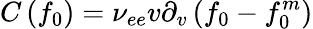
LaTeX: C\left({{f_{0}}}\right)={\nu_{ee}}v{\partial_{v}}\left({{f_{0}}-f_{0}^{m}}\right)